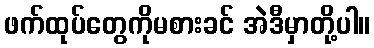
ဖက်ထုပ်တွေကိုမစားခင် အဲဒီမှာတို့ပါ။